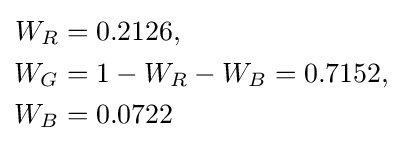
{\begin{aligned}W_{R}&=0.2126,\\W_{G}&=1-W_{R}-W_{B}=0.7152,\\W_{B}&=0.0722\\\end{aligned}}